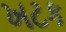
ખટક